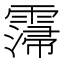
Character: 𩅕